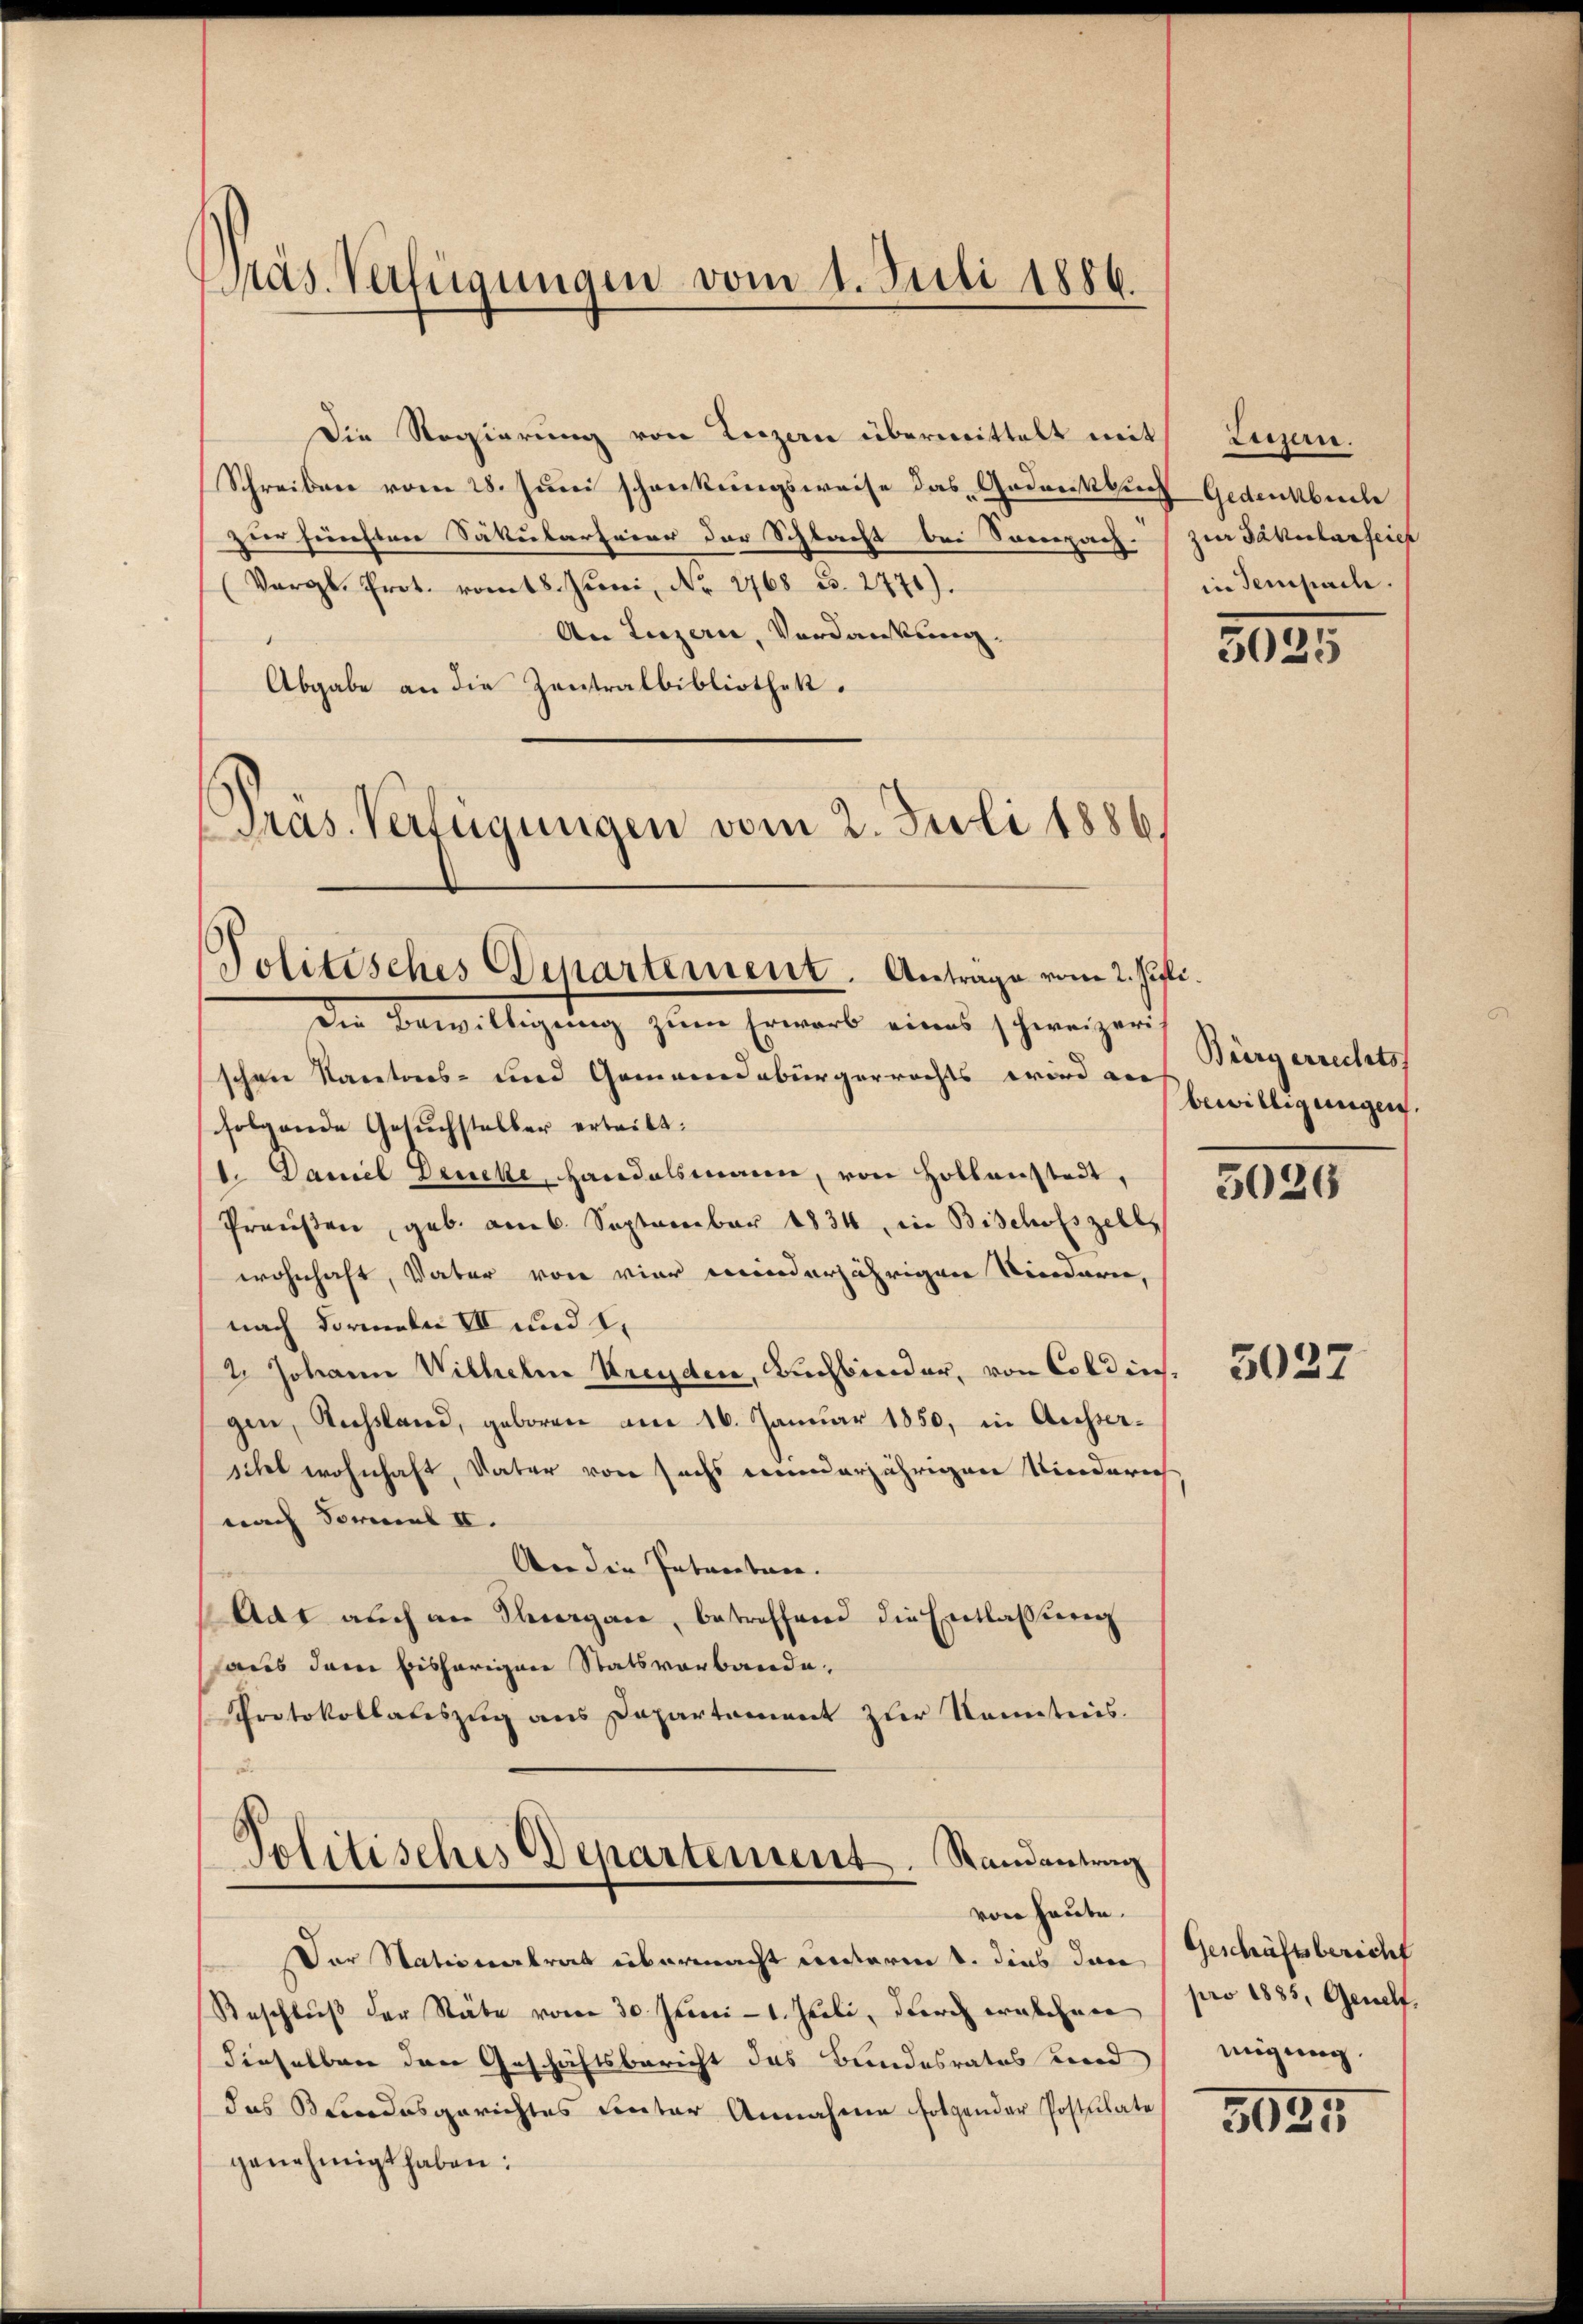
Präs. Verfügungen vom 1. Juli 1886.

Die Regierŭng von Luzen übermittelt mit Luzern.
Schreiben vom 28. Juni schenkungsweise das Gedankbuch Gedenkbuche
zur fünften Säkularfeier der Schlacht bei Sempach.
Vergl. Prot. romt8. Juni, Nr. 2768 B. 2771).
An Luzern, Verdankung.
Abgabe an die Zentralbibliothek.
Pras. Verfügungen vom 2. Juli 1886.

Politisches Departement. Anträge vom 2. Juli.
Die Bewilligung zum Erwarb eines schweizeri¬

schen Kantons- und Gemeindebürgerrechts wird an
folgende Gesuchsteller erteilt:
1. Daniel Dencke, Handelsmann, von Hollanstadt,
Preußen, geb. am 6. September 1834 in Bischofszell
wohnhaft, Vater von vier minderjährigen Sindern,
nach Formeln II und 2.
2 Johann Wilhelm Brenden, Buchbinder, von Coldins.
gen, Russland, geboren am 16. Januar 1850, in Ausserscht wohnhaft, Vater von sechs minderjährigen Kinderich
nach Formel II.
Aer die Intenten.
Aat auch an Sorgane, betreffend die Entlassung
aus dem bisherigen Statsverbande
Protokollatiszug aus Departement zur Kenntnis.
2

Politisches Departement. Randantrag
von heute.

Der Stationalrat übermacht unterm 1. dies dan
Beschlŭβ der Stäbe vom 30. Juni l. Geili, durch welchen
dieselben den Geschäftsbericht das Bundesrates und
das Blindesgerichtes Center Annahme folgender Postulate
genehmigt haben:

zur Säkularfeier
in Tempach.

3025

Bürgerrechts
bewilligungen.

3026

5027

Geschäftsbericht
pro 1885, Genelf,
migung.

3935